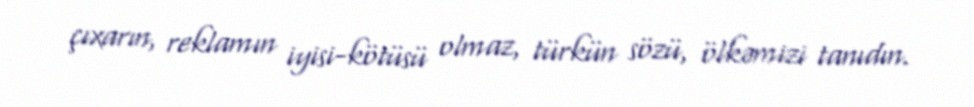
çıxarın, reklamın iyisi-kötüsü olmaz, türkün sözü, ölkəmizi tanıdın.